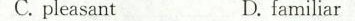
C.pleasantD. familiar